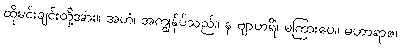
ထိုမင်းချင်းတို့အား။ အဟံ၊ အကျွန်ုပ်သည်။ န ဗျာဟရိံ၊ မကြားပေ။ မဟာရာဇ၊